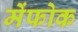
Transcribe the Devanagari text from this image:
मेंफोक